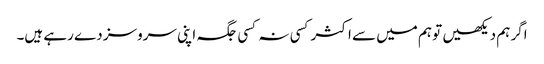
اگر ہم دیکھیں تو ہم میں سے اکثر کسی نہ کسی جگہ اپنی سروسز دے رہے ہیں۔